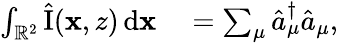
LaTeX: \begin{array}{rl}{\int_{\mathbb{R}^{2}}\hat{\mathrm{I}}(\mathbf{x},z)\, \mathrm{d}\mathbf{x}}&{{}=\sum_{\mu}\hat{a}_{\mu}^{\dagger}\hat{a}_{\mu},}\end{array}